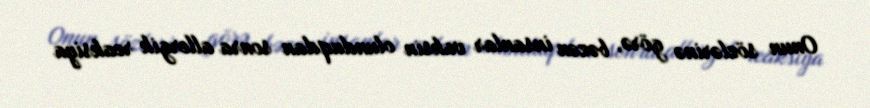
Onun sözlərinə görə, bəzən insanlar vaksin olunduqdan sonra allergik reaksiya